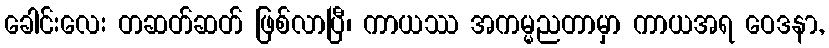
ခေါင်းလေး တဆတ်ဆတ် ဖြစ်လာပြီ၊ ကာယဿ အကမ္မညတာမှာ ကာယအရ ဝေဒနာ,